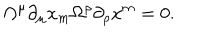
\Omega ^ { \mu } \partial _ { \mu } x _ { m } \Omega ^ { \rho } \partial _ { \rho } x ^ { m } = 0 .